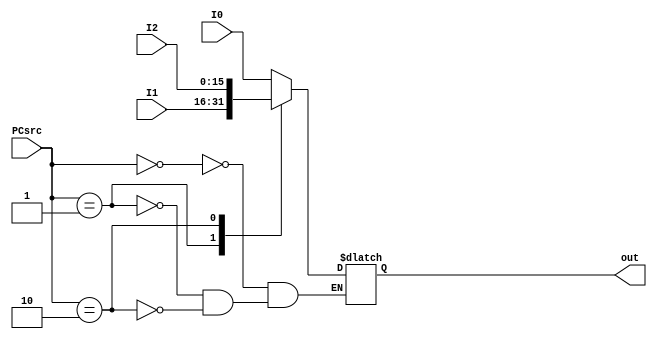
`timescale 1ns/1ns
module MUX6(input [15:0] I0,I1,I2 ,input [1:0] PCsrc, output reg [15:0] out);

always@(I0,I1,I2,PCsrc) begin
	case(PCsrc)
		2'b00: out <= I0;
		2'b01: out <= I1;
		2'b10: out <= I2;
	endcase
end
endmodule